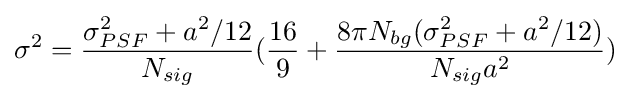
\sigma ^{2}={\frac {\sigma _{PSF}^{2}+a^{2}/12}{N_{sig}}}({\frac {16}{9}}+{\frac {8\pi N_{bg}(\sigma _{PSF}^{2}+a^{2}/12)}{N_{sig}a^{2}}})